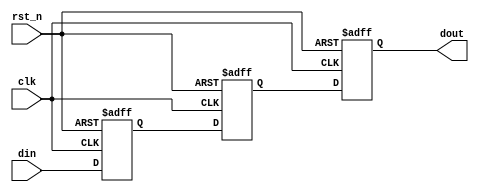
module TwoFF_Metastability_Detector (
    input wire clk,        // Clock signal
    input wire rst_n,     // Active low reset signal
    input wire din,       // Input signal to be monitored
    output reg dout       // Stabilized output signal
);

    // Internal signals for the flip-flops
    reg ff1, ff2;

    // Flip-Flop 1: Sample the input signal
    always @(posedge clk or negedge rst_n) begin
        if (!rst_n) begin
            ff1 <= 1'b0;  // Reset FF1 to known state
        end else begin
            ff1 <= din;   // Sample input signal
        end
    end

    // Flip-Flop 2: Sample the output of FF1
    always @(posedge clk or negedge rst_n) begin
        if (!rst_n) begin
            ff2 <= 1'b0;  // Reset FF2 to known state
        end else begin
            ff2 <= ff1;   // Sample output of FF1
        end
    end

    // Output signal is the output of FF2
    always @(posedge clk or negedge rst_n) begin
        if (!rst_n) begin
            dout <= 1'b0;  // Reset dout to known state
        end else begin
            dout <= ff2;   // Stabilized output
        end
    end

endmodule